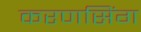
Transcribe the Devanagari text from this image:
करणसिंग